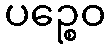
ပဉ္စေဝ